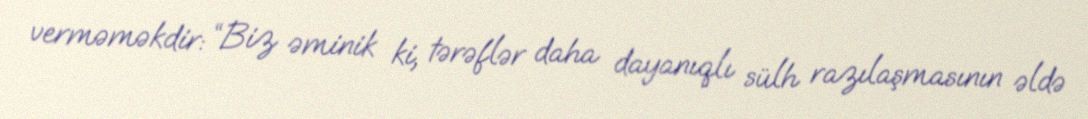
verməməkdir: “Biz əminik ki, tərəflər daha dayanıqlı sülh razılaşmasının əldə